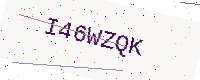
Text: I46WZQK